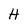
Character: H